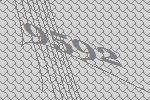
9592